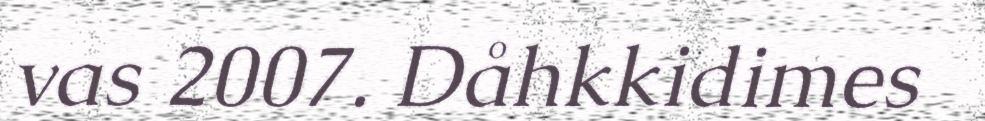
vas 2007. Dåhkkidimes